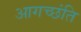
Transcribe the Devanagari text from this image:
आगच्छंति